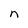
Character: n